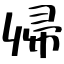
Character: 帰